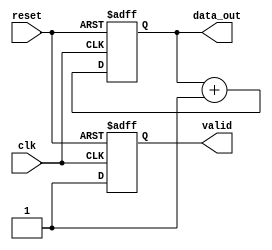
module producer (
    input wire clk,
    input wire reset,
    output reg [7:0] data_out,  // 8-bit data bus
    output reg valid            // Valid signal
);
    // State to hold the current data
    reg [7:0] data_reg;
    
    always @(posedge clk or posedge reset) begin
        if (reset) begin
            data_reg <= 8'b0;
            valid <= 1'b0;
        end else begin
            // Generate new data and assert valid
            data_reg <= data_reg + 1; // Example data generation
            valid <= 1'b1; // Indicate that data is valid
        end
    end

    // Deassert valid if consumer is not ready
    always @(posedge clk) begin
        if (valid) begin
            // If consumer is ready, keep valid asserted
            // If consumer is not ready, valid remains asserted until consumer is ready
            // This logic can be modified based on specific requirements
        end
    end

    assign data_out = data_reg; // Output the data
endmodule